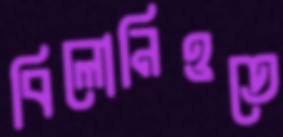
বিলোনিওতে